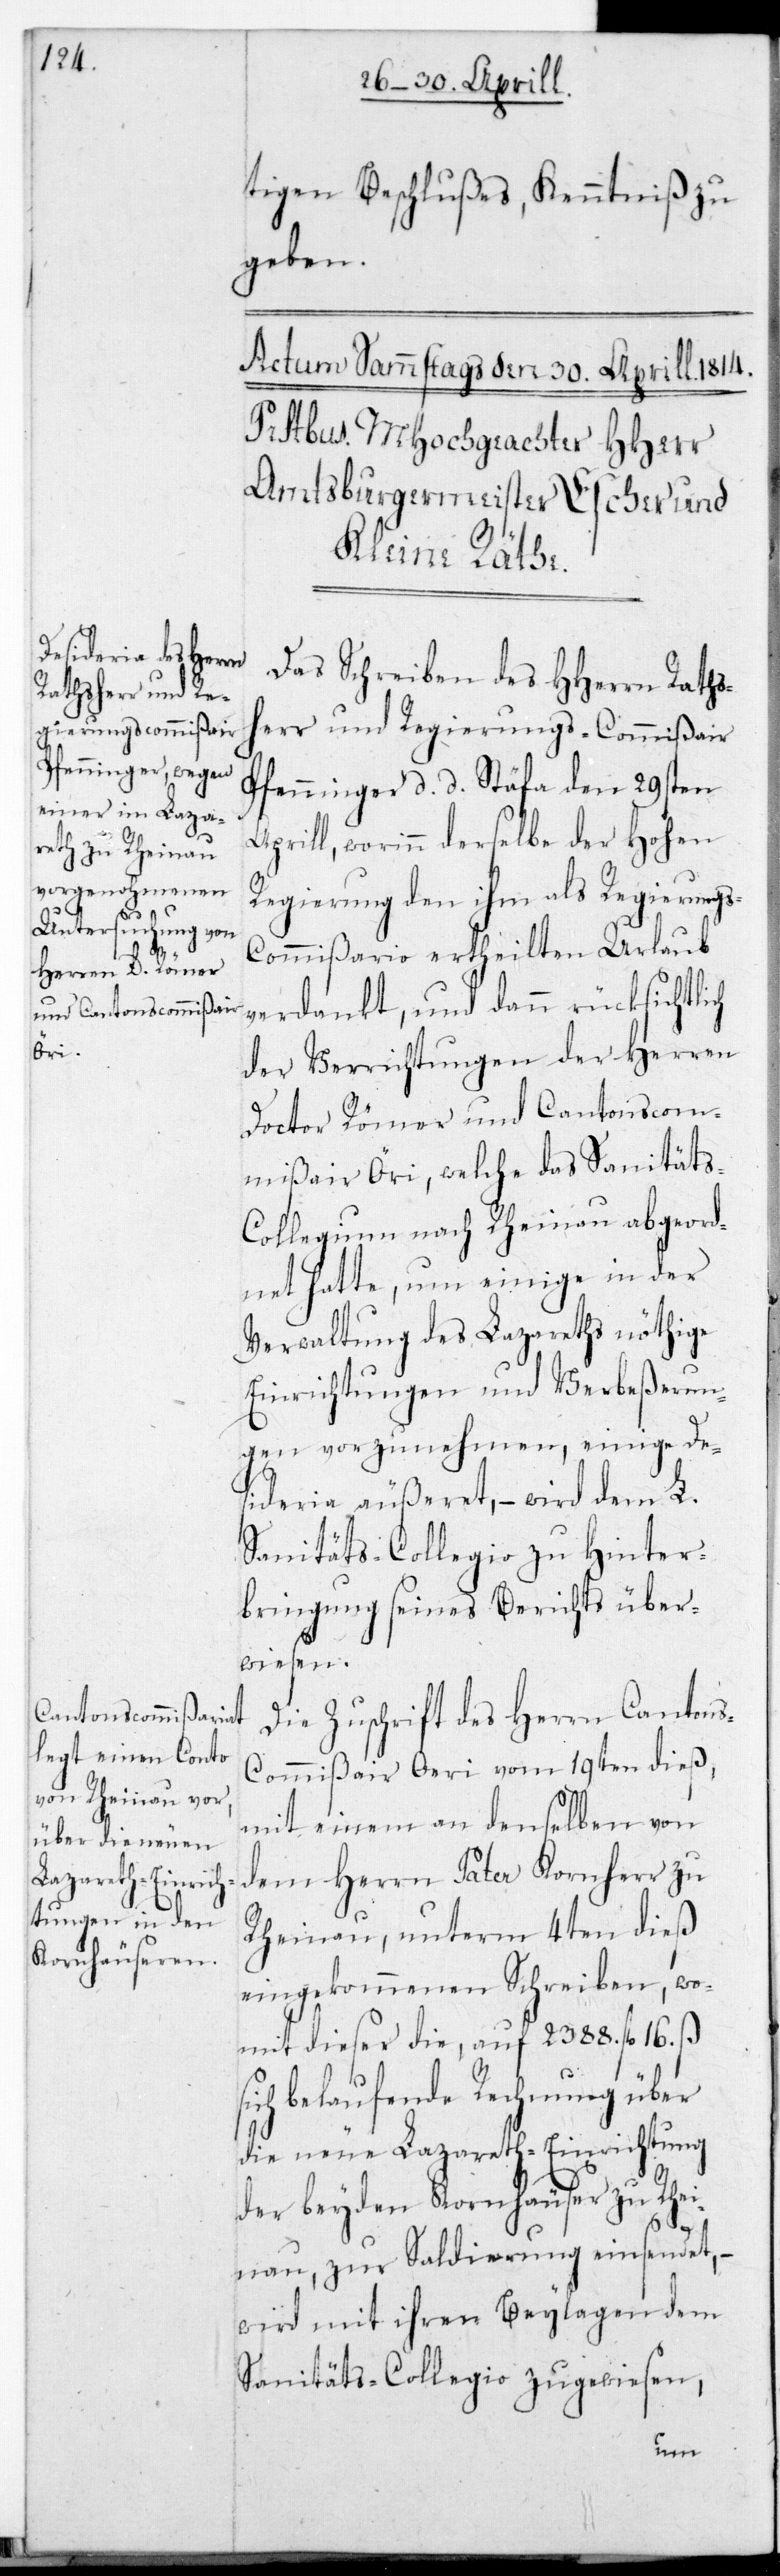
Pfenninger, datiert
s¬

tigen Beschlußes, Kenntniß zu
geben.
Das Schreiben des HHerrn Raths¬
herr und Regierungs-Commißair
Aprill, worinn derselbe der Hohen
Regierung den ihm als Regierungs¬
kommißario ertheilten Urlaub
verdankt, und dann rücksichtlich
der Verrichtungen der Herren
Doctor Römer und Cantonscom¬
mißair Öri, welche das Sanität¬
s-Collegium nach Rheinau abgeord¬
net hatte, um einige in der
Verwaltung des Lazareths nöthige
Einrichtungen und Verbeßerun¬
gen vorzunehmen, einige De¬
sideria äußert, – wird dem L.
Sanitäts-Collegio zu Hinter¬
bringung seines Berichts über¬
wiesen.
Die Zuschrift des Herrn Cantons¬
Commißair Öri vom 19ten dieß,
mit einem an denselben von
dem Herrn Pater Kornherr zu
Rheinau, unterm 4ten dieß
eingekommenen Schreiben, wo¬
mit dieser die auf 2388. fl. 16. ß
ich belaufende Rechnung über
die neue Lazareth-Einrichtung
der beyden Kornhäuser zu Rhei¬
nau zur Saldierung einsendet, –
wird mit ihren Beylagen dem
Sanitäts-Collegio zugewiesen,